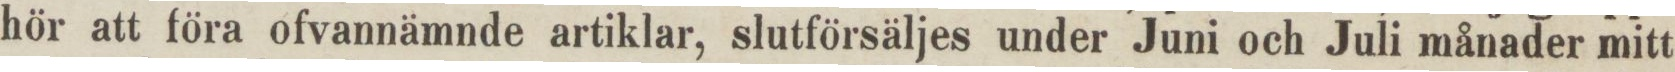
hör att föra ofvannämnde artiklar, slutförsäljes under Juni och Juli månader mitt